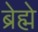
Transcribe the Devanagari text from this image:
ब्रेह्मे